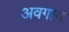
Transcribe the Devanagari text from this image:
अवगान